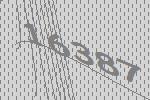
16387